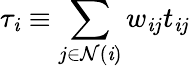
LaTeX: {\tau}_{\mathit{i}}\equiv{\sum_{j\in\mathcal{{N}}(\mathit{i})}w_{\mathit{i}j}t_{\mathit{i}j}}